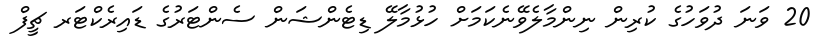
20 ވަނަ ދުވަހުގެ ކުރިން ނިންމާލެވޭނެކަމަށް ހުޅުމާލޭ ޑިޓެންޝަން ސެންޓަރުގެ ޑައިރެކްޓަރ ޗީފް